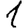
Digit: 1